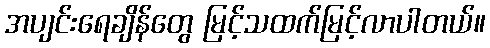
အပျင်းရေချိန်တွေ မြင့်သထက်မြင့်လာပါတယ်။